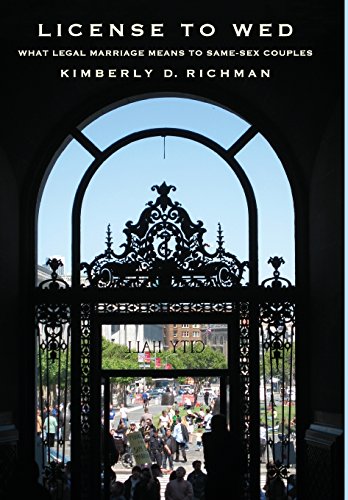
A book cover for License to Wed: What Legal Marriage Means to Same-Sex Couples; Kimberly D. Richman; Law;